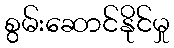
စွမ်းဆောင်နိုင်မှု